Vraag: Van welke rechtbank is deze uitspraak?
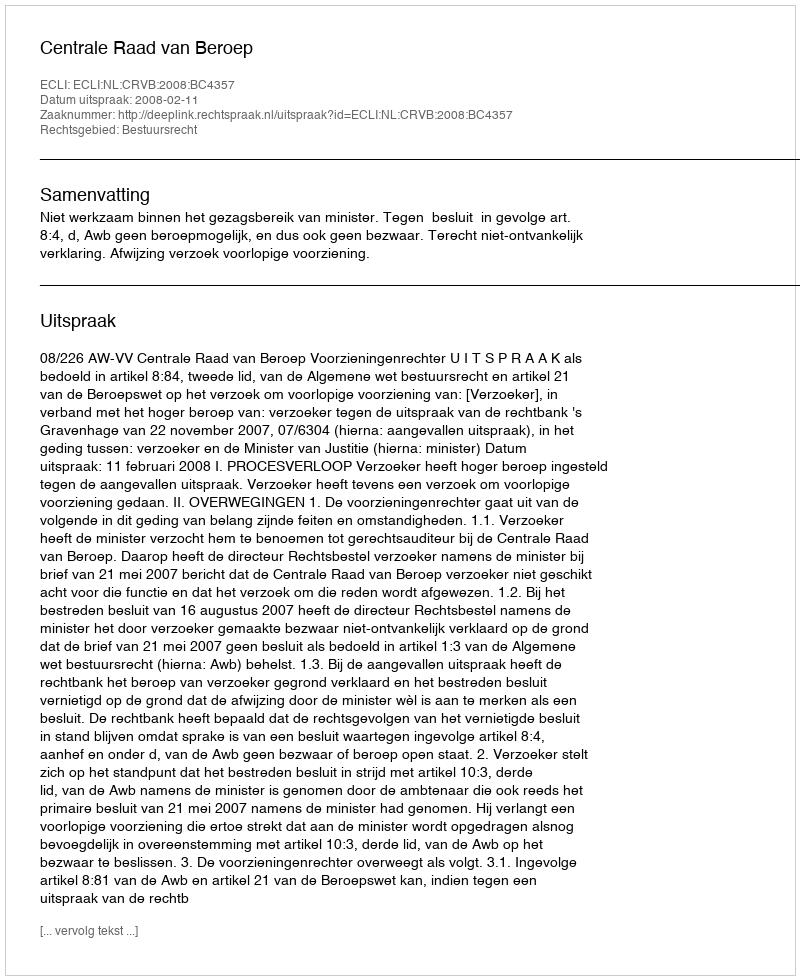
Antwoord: Centrale Raad van Beroep